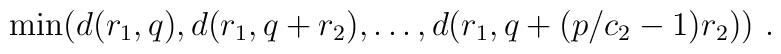
{\rm min}\big(d(r_1,q),d(r_1,q+r_2),\ldots,d(r_1,q+(p/c_2-1)r_2)\big)\ .